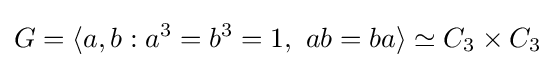
G=\langle a,b:a^{3}=b^{3}=1,\ ab=ba\rangle \simeq C_{3}\times C_{3}